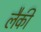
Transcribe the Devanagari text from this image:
लैकी